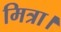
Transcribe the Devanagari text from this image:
मित्रा।